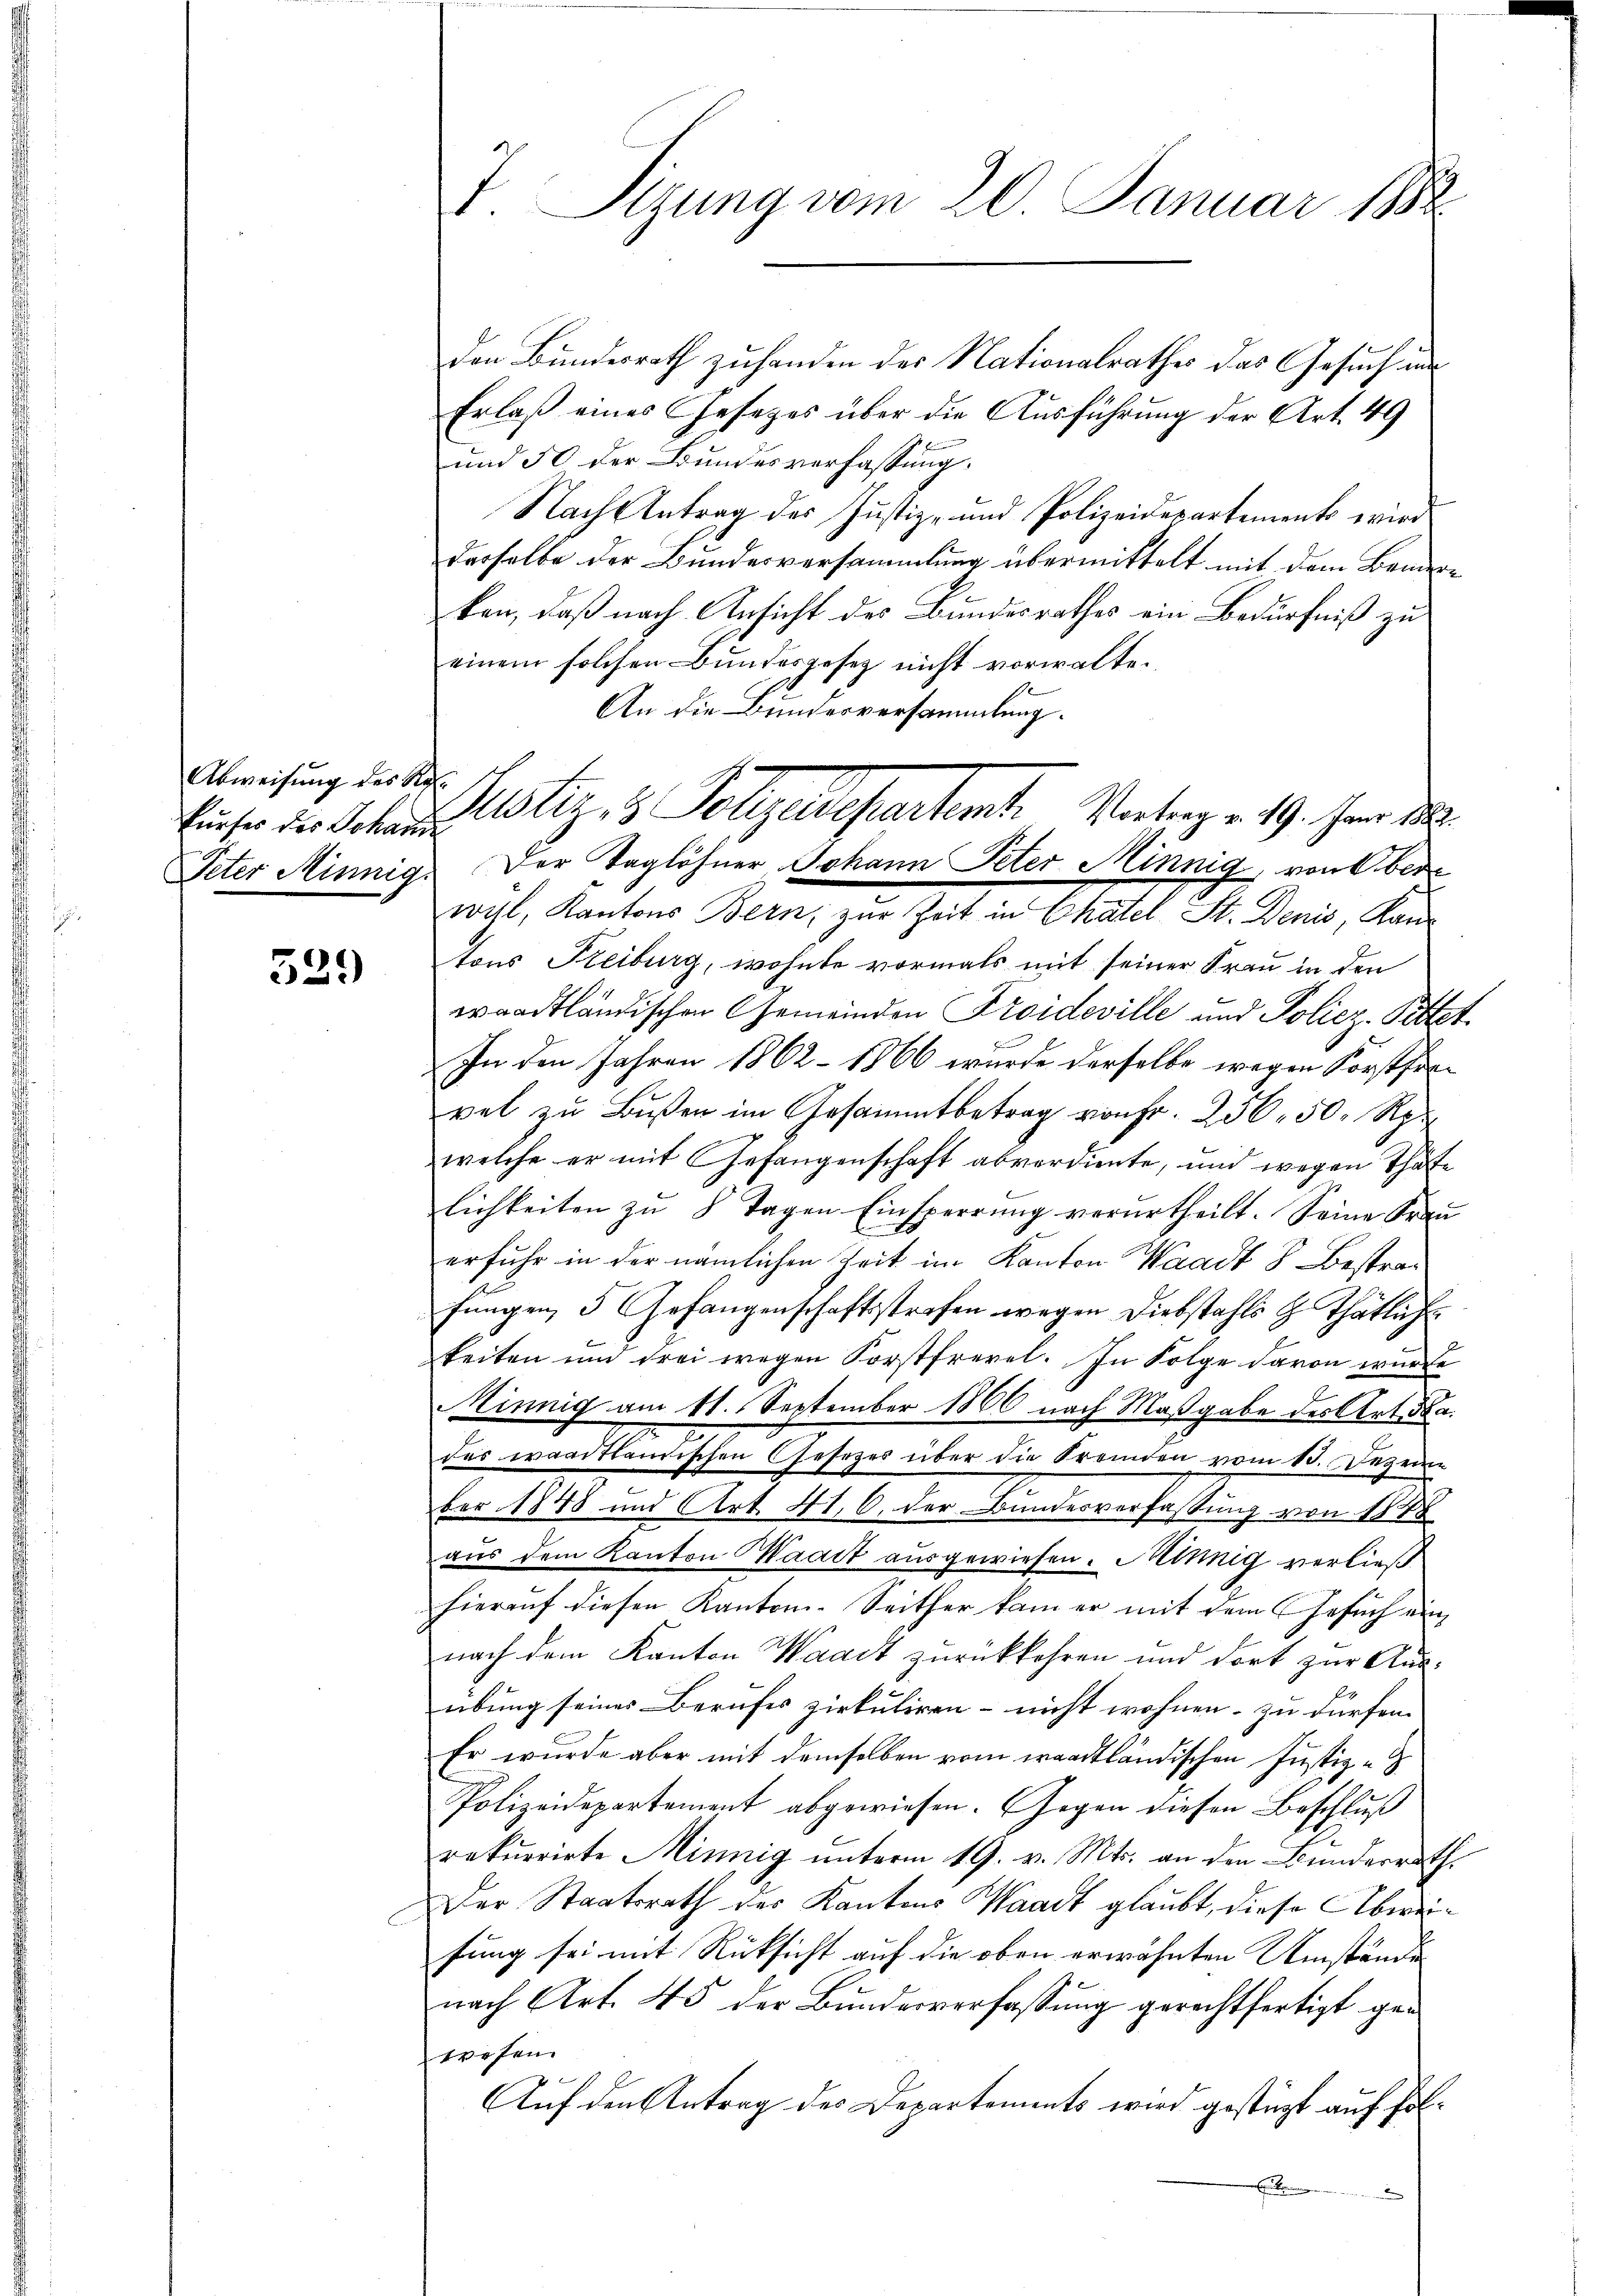
Abweisung des Ro-
kurfes des Johanne

529

V. Sizung vom 20. Januar 1882

Erlaß eines Gesezes über die Ausführung der Art. 49
und 50 der Bundesverfassung.
Nach Antrag des Justiz- und Polizeidepartements wird
dasselbe der Bundesversammlung übermittelt mit dem Bandere
ken, daß nach Ansicht des Bundesrathes ein Bedürfniß zu
einem solchen Bundesgesetz nicht vorwalte.
An die Bundesversammlung.
wyl, Kantons Bern, zur Zeit in Chatel St. Denis, Kantons Freiburg, wohnte vormals mit seiner Frau in den
waadtländischen Gemeinden Troideville und Poliez- Pittet
In den Jahren 1862 – 1866 wurde derselbe wegen Forstfervet zu Bußen im Gesammtbetrag von Fr. 256. 50 Rp.
welche er mit Gefangenschaft abverdiente, und wegen Thäte
lichkeiten zŭ 8 Tagen Einsperrŭng verurtheilt. Seine Frau
erfuhr in der nämlichen Zeit im Kanton Waadt 8. Bestrafungen, 5 Gefangenschaftsstrafen wegen Diebstahls & Thätliche
keiten und drei wegen Forstfrevel. In Folge davon wurde
Minnig am 11. September 1860 nach Maßgabe des Art da.
des waritanischen Gesetzes über die Fremden vom 13. Dezem
ber 1848 und Art. 416. der Bundesverfassung von 1848
aus dem Kanton Maart ausgewiesen. Minig verließ
hierauf diesen Kanton-Seither kam er mit dem Gesuch ein
nach dem Kanton Waadt zurückkehren und dort zur Aus-
übung seines Berufes zirkuliren - nicht wohnen zu dürfen.
Er wurde aber mit demselben vom waadtländischen Justiz-
Polizeidepartement abgewiesen. Gegen diesen Beschluß
rekurrirte Minnig ŭnterm 19. v. Mts. an den Bunderrath
Der Staatsrath des Kantons Waadt glaubt, diese Abweifung sei mit Rücksicht auf die oben erwähnten Umstände
nach Art. 45 der Bŭndesverfassŭng gerechtfertigt gewesen.
Auf den Antrag des Departements wird gestützt auf fol¬
 kenn

den Bundesrath zuhanden des Nationalrathes das Gesuch um

Justiz & Polyedepartient. Vertrage 19. her d
Peter Minnig. Der Taglöhner Johann Peter Minnig, von bede